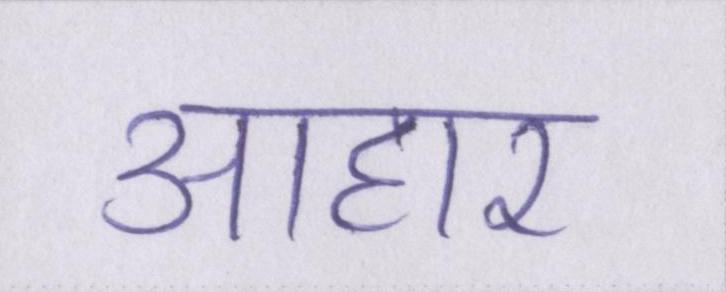
आहार